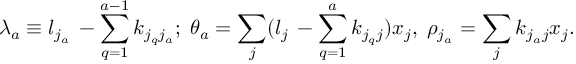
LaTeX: \lambda _ { a } \equiv l _ { j _ { a } } \, - \sum _ { q = 1 } ^ { a - 1 } k _ { j _ { q } j _ { a } } ; \; \theta _ { a } = \sum _ { j } ( l _ { j } \, - \sum _ { q = 1 } ^ { a } k _ { j _ { q } j } ) x _ { j } , \; \rho _ { j _ { a } } = \sum _ { j } k _ { j _ { a } j } x _ { j } .